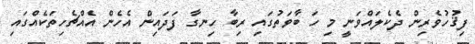
ފިޤުހުވެރިން ދެކެލައްވަނީ މި ހަ ބާވަތުގައި ރިބާ ހިނގާ ފަދައިން އެހެން އެއްޗެހިތަކެއްގައި